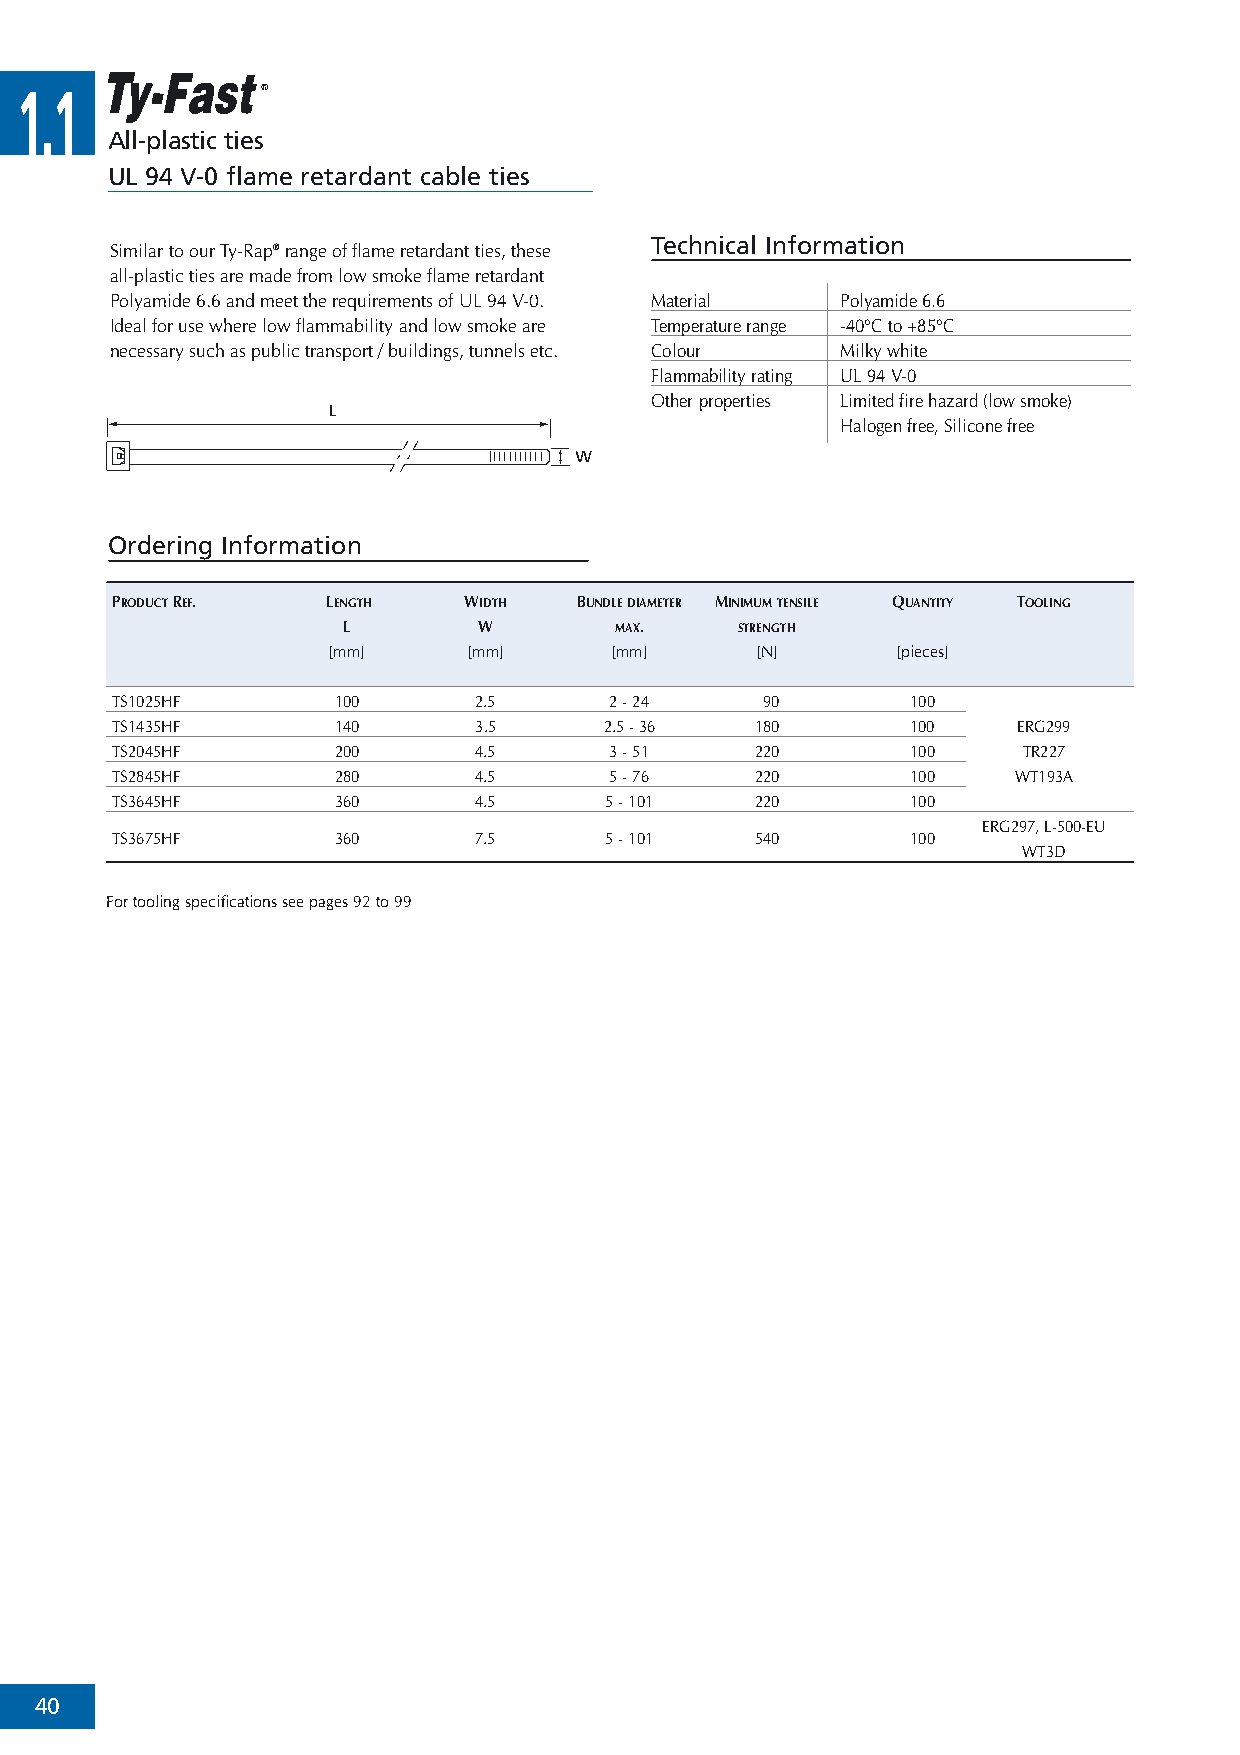
1.1
 All-plastic ties
 UL 94 V-0 flame retardant cable ties
 Technical Information
 Similar to our Ty-Rap®range of flame retardant ties, these
 all-plastic ties are made from low smoke flame retardant
 Polyamide 6.6 and meet the requirements of UL94 V-0. Material Polyamide 6.6
 Ideal for use where low flammability and low smoke are Temperature range -40°C to +85°C
 necessary such as public transport / buildings, tunnels etc. Colour Milky white
 Flammability rating UL94 V-0
 Other properties Limited fire hazard (low smoke)
 Halogen free, Silicone free
 Ordering Information
 PRODUCTREF.    LENGTH   WIDTH  BUNDLEDIAMETER MINIMUMTENSILE QUANTITY TOOLING
 L        W        MAX.    STRENGTH
 [mm]     [mm]     [mm]      [N]      [pieces]
 TS1025HF       100      2.5      2 - 24     90       100
 TS1435HF       140      3.5      2.5 - 36  180       100    ERG299
 TS2045HF       200      4.5      3 - 51    220       100     TR227
 TS2845HF       280      4.5      5 - 76    220       100    WT193A
 TS3645HF       360      4.5      5 - 101   220       100
 ERG297, L-500-EU
 TS3675HF       360      7.5      5 - 101   540       100
 WT3D
 For tooling specifications see pages 92 to 99
 40